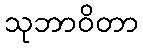
သုဘာဝိတာ